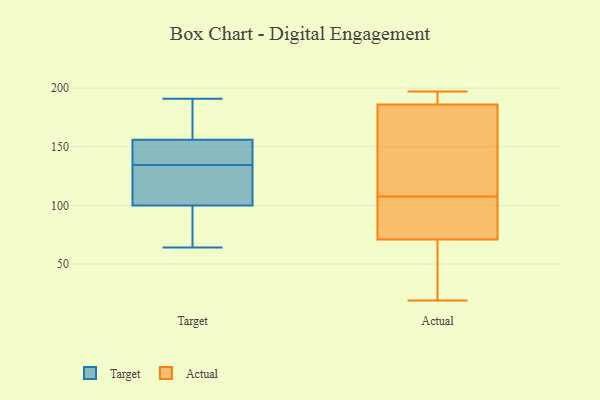
{"axis": {"x": "Market Share (%)", "y": "Value"}, "legend": ["Actual", "Target"], "data": [{"x": "", "y": 156, "type": "Target"}, {"x": "", "y": 92, "type": "Target"}, {"x": "", "y": 130, "type": "Target"}, {"x": "", "y": 64, "type": "Target"}, {"x": "", "y": 165, "type": "Target"}, {"x": "", "y": 191, "type": "Target"}, {"x": "", "y": 115, "type": "Target"}, {"x": "", "y": 139, "type": "Target"}, {"x": "", "y": 147, "type": "Target"}, {"x": "", "y": 100, "type": "Target"}, {"x": "", "y": 187, "type": "Actual"}, {"x": "", "y": 89, "type": "Actual"}, {"x": "", "y": 81, "type": "Actual"}, {"x": "", "y": 192, "type": "Actual"}, {"x": "", "y": 151, "type": "Actual"}, {"x": "", "y": 35, "type": "Actual"}, {"x": "", "y": 120, "type": "Actual"}, {"x": "", "y": 95, "type": "Actual"}, {"x": "", "y": 19, "type": "Actual"}, {"x": "", "y": 71, "type": "Actual"}, {"x": "", "y": 181, "type": "Actual"}, {"x": "", "y": 62, "type": "Actual"}, {"x": "", "y": 197, "type": "Actual"}, {"x": "", "y": 186, "type": "Actual"}]}